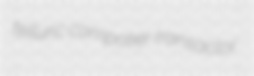
telluric compotier transactor